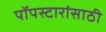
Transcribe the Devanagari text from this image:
पॉपस्टारांसाठी